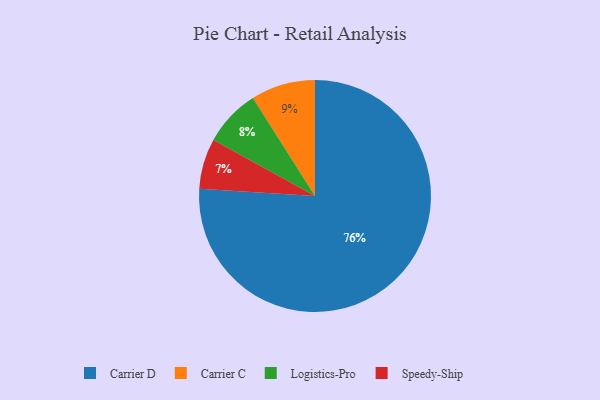
{"axis": {"x": "Category", "y": "Percentage"}, "legend": ["Carrier C", "Carrier D", "Logistics-Pro", "Speedy-Ship"], "data": [{"x": "Speedy-Ship", "y": 7, "type": "Speedy-Ship"}, {"x": "Carrier D", "y": 76, "type": "Carrier D"}, {"x": "Logistics-Pro", "y": 8, "type": "Logistics-Pro"}, {"x": "Carrier C", "y": 9, "type": "Carrier C"}]}